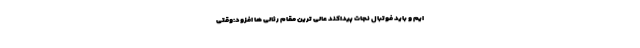
ایم و باید فوتبال نجات پیداکند عالی ترین مقام رئالی ها افزود:وقتی